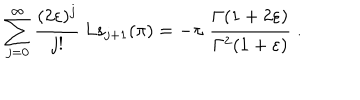
\sum _ { j = 0 } ^ { \infty } \frac { ( 2 \varepsilon ) ^ { j } } { j ! } \; \mathrm { L s } _ { j + 1 } ( \pi ) = - \pi \; \frac { \Gamma ( 1 + 2 \varepsilon ) } { \Gamma ^ { 2 } ( 1 + \varepsilon ) } \; .